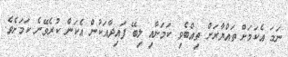
ނަމަ އެކަމަށް ތައްޔާރަށް ތިއްބެވި ކަމަށާއި ލިބޭ ފައިދާއަކުން އެކަން ކުރެވޭނެ ކަމަށެވެ.